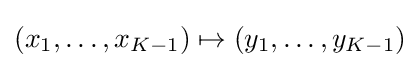
(x_{1},\ldots ,x_{K-1})\mapsto \mathbf {(} y_{1},\ldots ,y_{K-1})